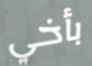
بأخي